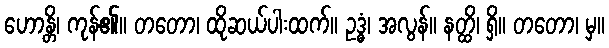
ဟောန္တိ၊ ကုန်၏။ တတော၊ ထိုဆယ်ပါးထက်။ ဥဒ္ဓံ၊ အလွန်။ နတ္ထိ၊ ရှိ။ တတော၊ မှ။